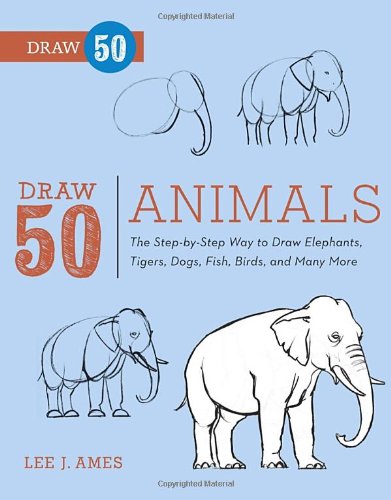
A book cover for Draw 50 Animals: The Step-by-Step Way to Draw Elephants, Tigers, Dogs, Fish, Birds, and Many More...; Lee J. Ames; Comics & Graphic Novels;